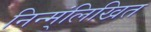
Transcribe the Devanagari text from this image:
निन्म्ंलिखित